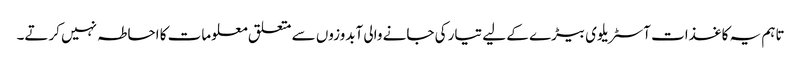
تاہم یہ کاغذات آسٹریلوی بیڑے کے لیے تیار کی جانے والی آبدوزوں سے متعلق معلومات کا احاطہ نہیں کرتے۔